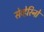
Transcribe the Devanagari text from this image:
सेव्हेरिनो